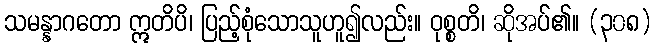
သမန္နာဂတော ဣတိပိ၊ ပြည့်စုံသောသူဟူ၍လည်း။ ဝုစ္စတိ၊ ဆိုအပ်၏။ (၃၀၈)